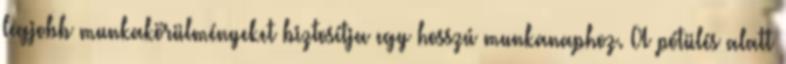
legjobb munkakörülményeket biztosítja egy hosszú munkanaphoz. A pótülés alatt